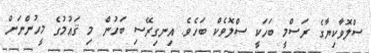
ސްލޮވާކިޔާގެ ރަސްމީ ބަހަކީ ސްލޮވެކް ބަހެވެ. އިނގިރޭސި ބަހުން މި ޤައުމުގެ މީހުންނަށް